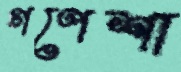
গণেশা